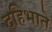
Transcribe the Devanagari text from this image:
दहिभाते